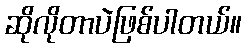
ဆိုလိုတာပဲဖြစ်ပါတယ်။